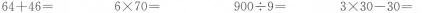
$$64+46=$$ $$6\times70=$$ $$900\div9=$$ $$3\times30－30=$$